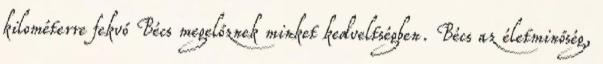
kilométerre fekvő Bécs megelőznek minket kedveltségben. Bécs az életminőség,